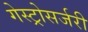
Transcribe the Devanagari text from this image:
गेस्ट्रोसर्जरी